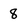
Character: 8